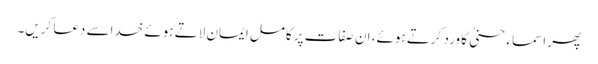
پھر اسماء حسنیٰ کا ورد کرتے ہوئے، ان صفات پر کامل ایمان لاتے ہوئے خداسے دعا کریں۔